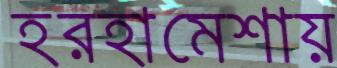
হরহামেশায়